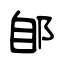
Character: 郋